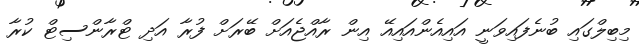
މިބިލްގައި ބުނެފައިވަނީ އައިއެެންއައިއޭ އިން ރާއްޖެއަށް ބޭރަށް ފުރާ އަދި ޓްރާންސިޓް ކުރާ